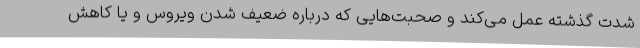
شدت گذشته عمل می‌کند و صحبت‌هایی که درباره ضعیف شدن ویروس و یا کاهش